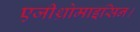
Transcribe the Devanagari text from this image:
एजीथ्रोमाइसिन।